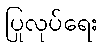
ပြုလုပ်ရေး